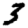
Digit: 3